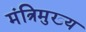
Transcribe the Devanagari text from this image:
मंत्रिमुख्य